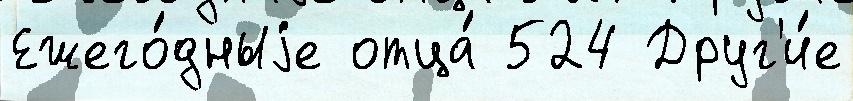
Ежего́дныjе отца́ 524 Друг'и́е